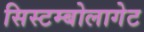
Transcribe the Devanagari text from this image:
सिस्टम्बोलागेट